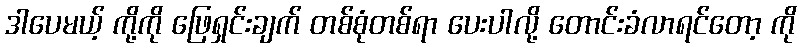
ဒါပေမယ့် ကို့ကို ဖြေရှင်းချက် တစ်စုံတစ်ရာ ပေးပါလို့ တောင်းခံလာရင်တော့ ကို